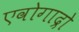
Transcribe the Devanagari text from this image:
एवोगाद्रो